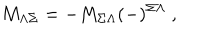
M _ { \Lambda \Sigma } = - M _ { \Sigma \Lambda } ( - ) ^ { \Sigma \Lambda } \ ,